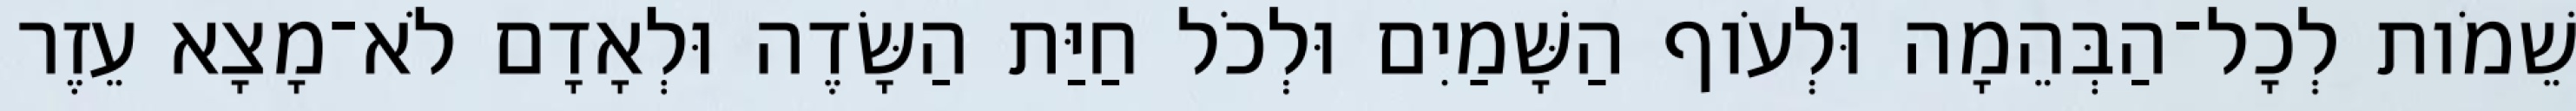
שֵׁמֹות לְכָל־הַבְּהֵמָה וּלְעֹוף הַשָּׁמַיִם וּלְכֹל חַיַּת הַשָּׂדֶה וּלְאָדָם לֹא־מָצָא עֵזֶר